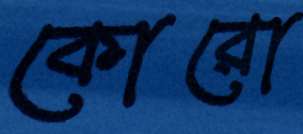
কোরো